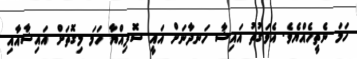
ހަމަ ނެތީހެއްޔެވެ. އެވަގުތު އައިޝާ ހަނދާނަށް އައީ ސޮފިއްޔާ ހަމަ މިގޮތަށް އައިޝާއާއި